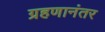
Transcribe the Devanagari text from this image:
ग्रहणानंतर